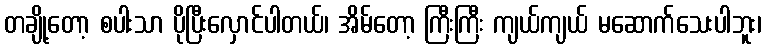
တချို့တော့ စပါးသာ ပိုပြီးလှောင်ပါတယ်၊ အိမ်တော့ ကြီးကြီး ကျယ်ကျယ် မဆောက်သေးပါဘူး၊